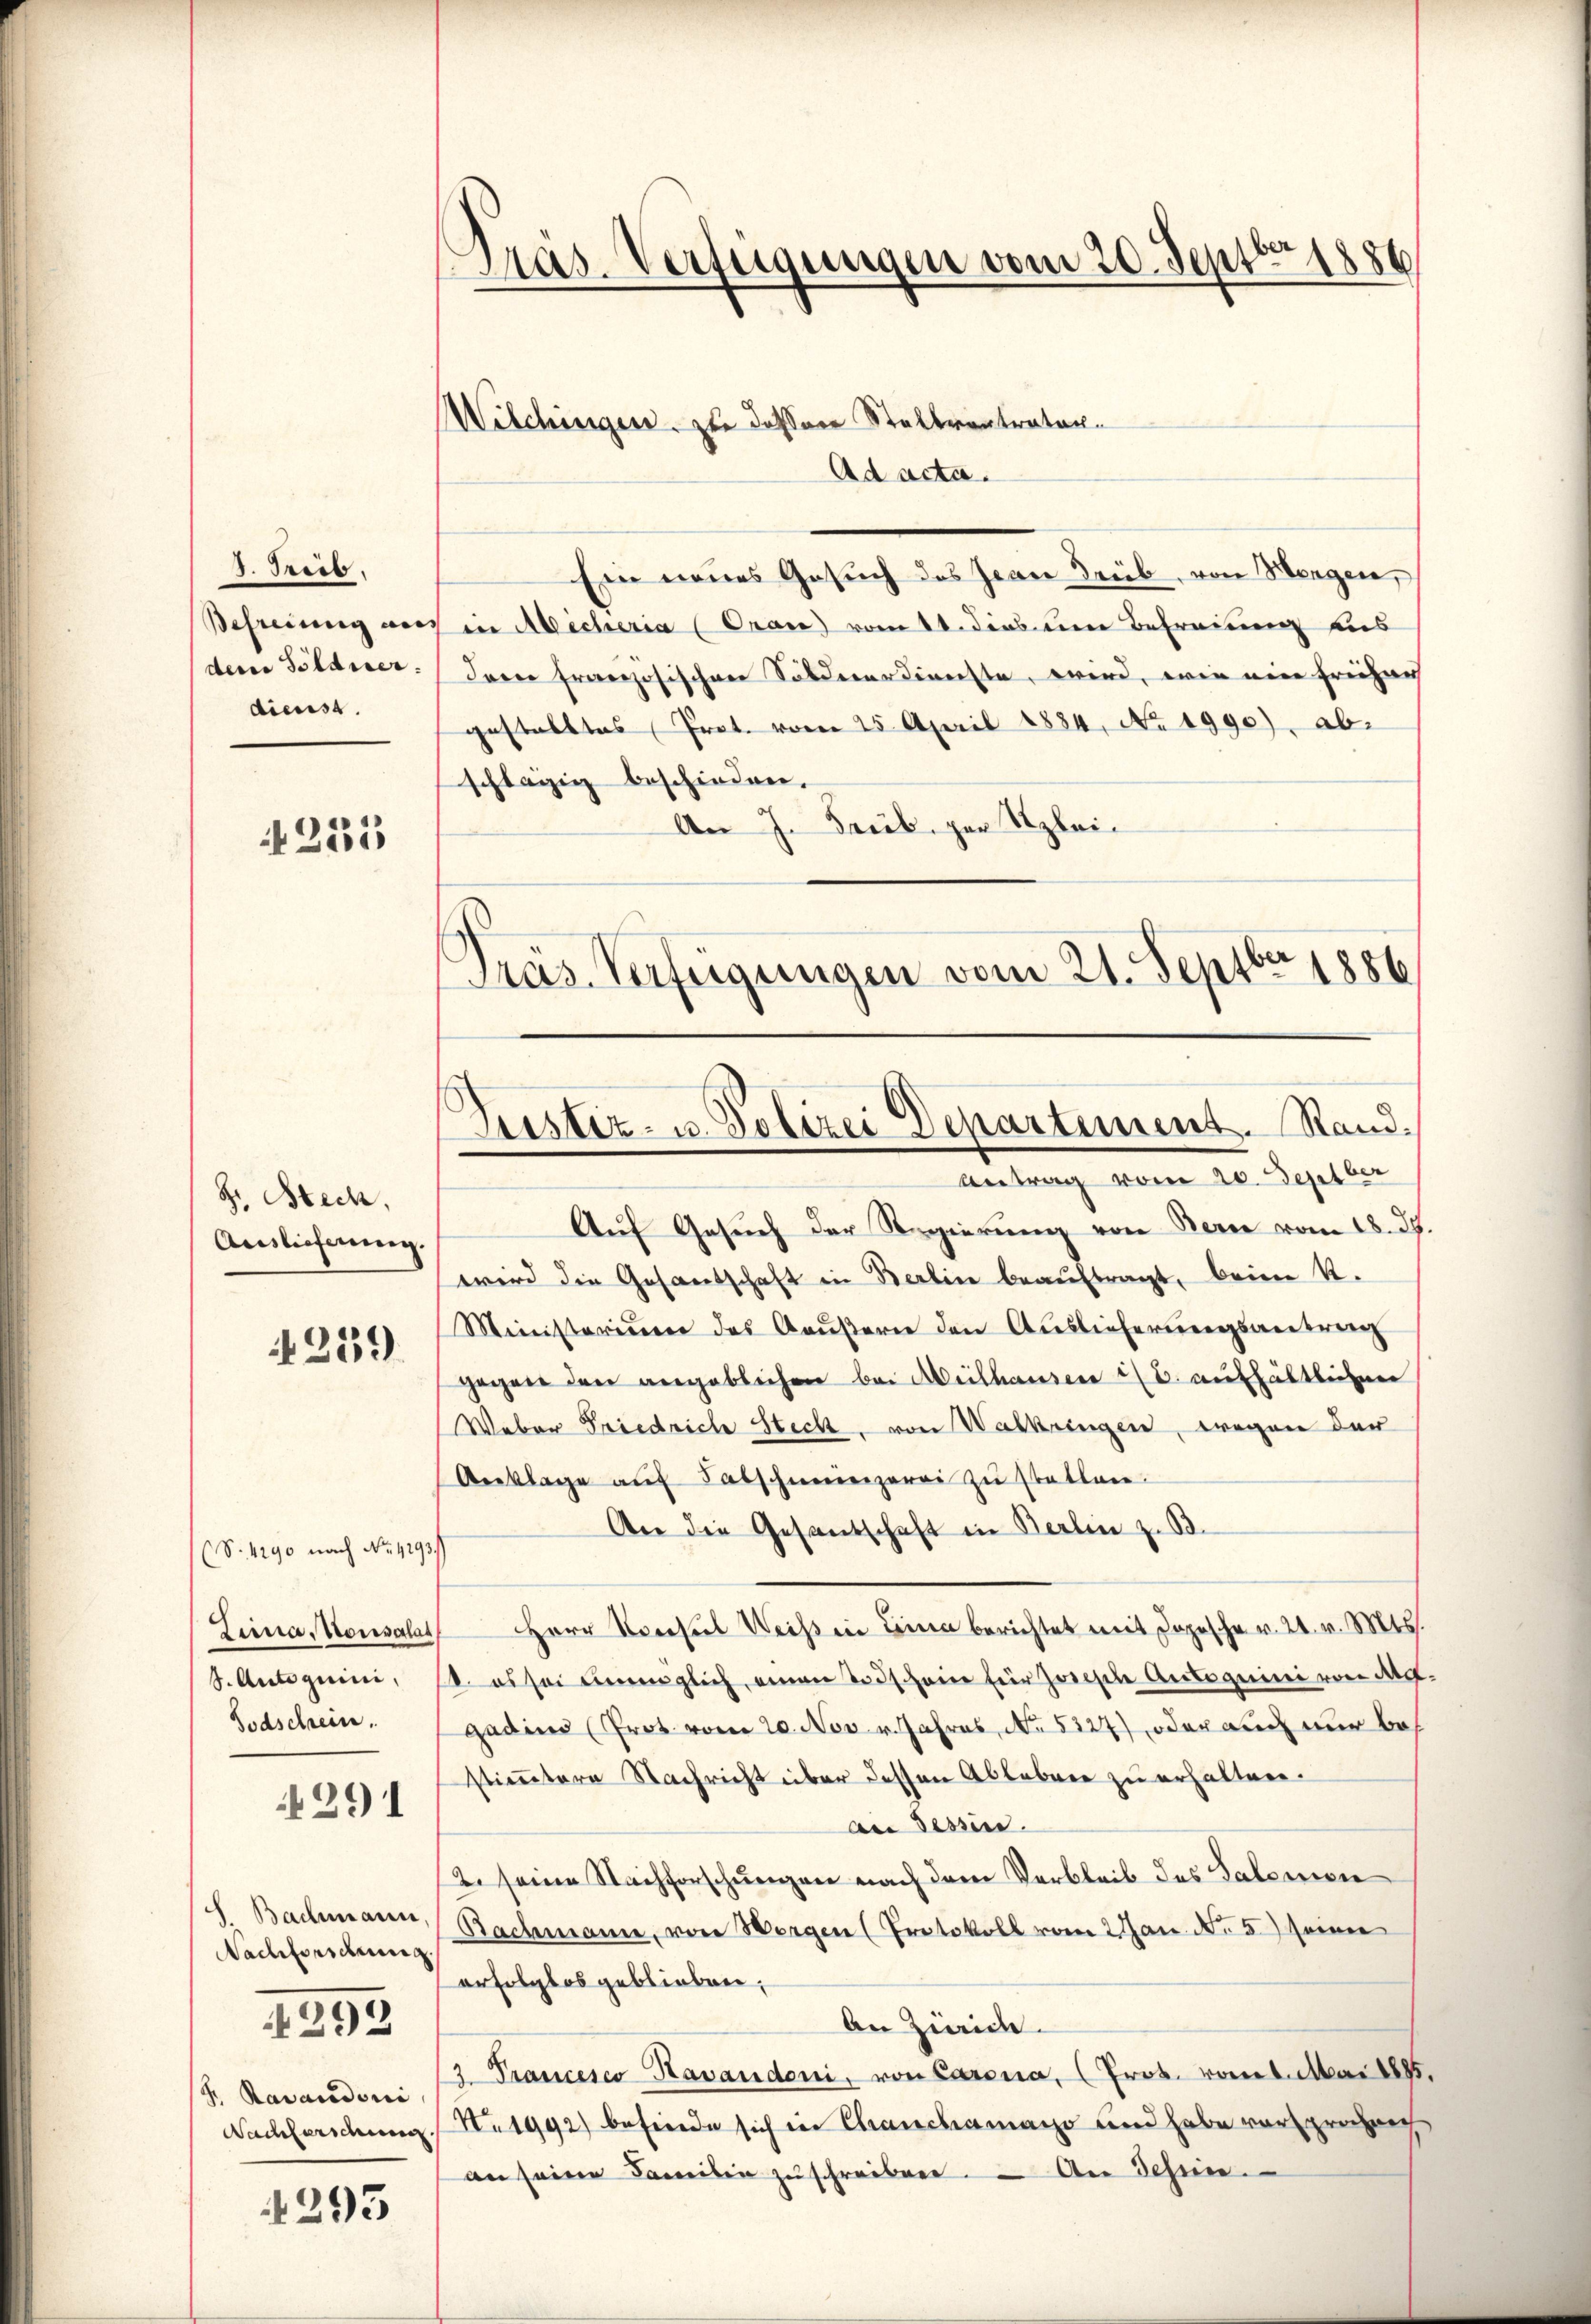
Präs. Verfügungen vom 20. Septbr 1886

Welchingen zu dessen Steltrentrator.
Ad acta.
Ein neues Gesuch des Jean Trüb, von Wangen,
Befreiung auch in Alicheria (Oran) vom 14. dies um Befreiung aus
dem Söldner: derer französischen Söldnerdienste wird, wie eine Freihau
gestalltes Prot. vom 25. April 1884, No. 1990), ab.
schlägig beschieden.
An J. Trub zur Klei¬
Präs. Verfügungen vom 21. Septbr. 1886

d. Treib
dienst.

255

Justiz- u. Polizei Departement. Stand.
Antrag vom 20. Septber

Auf Gesuch der Regierung von Bern vom 18. d.
wird die Gesandschaft in Berlin beauftragt, beim K.
Ministerium des Baŭβern den Auslieferungsantreng
gegen den angeblichen bei Meilhausen u. aufhältlichen
Weber Friedrich Steck, von Walkringen, wegen der
Aeklage aŭf Sabschmeiezerei zŭ statten.
An die Gesandschaft in Berlin z. B.
Leina, Vousalat Herr Konsul Weiβ in Lina berichtet mit Depesche v. 21. v. Mts.
1. es sei unmöglich, einen Todschein für zwische Antagnie von Art.
gadin (Prot. vom 20. Nov. v. Jahres, No. 5327) oder auch nur bes
stimmtern Nachricht über dessen Ableben zu erhalten.
An Tessin.
2. seine Nachforschungen nach dem Verbleib des Salomon
Nachmann, von Wergen (Protokoll vom 2 Jan. No. 5.) seiner
erfolglos geblieben;
An Zürich.
/3. Prancesco Havandoni, von Caronia, (Prob. vom 1. Mai 1885.
Nachforschung Nr. 1992) befinde sich in Chanchiamano und habe vorsprochench
an seine Familie zŭschreiben. – An Schen.

8. Beck,
Auslieferung.

4259

(S. 4290 nach No. 4193/
S. Autoguini,
Todschein.

291

S. Bachmann,
Nachforschrung
/7. Ravaudoni

4292

4295